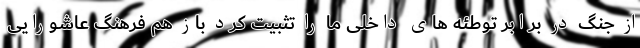
از جنگ در برابر توطئه های داخلی ما را تثبیت کرد باز هم فرهنگ عاشورایی